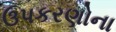
ઉપકરણોના